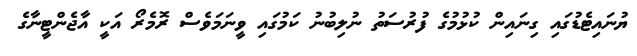
ޔުނައިޓެޑުގައި ގިނައިން ކުޅުމުގެ ފުރުސަތު ނުލިބުނު ކަމުގައި ވީނަމަވެސް ރޮމެރޯ އަކީ އާޖެންޓީނާގެ